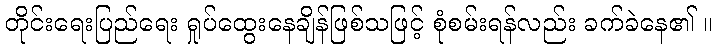
တိုင်းရေးပြည်ရေး ရှုပ်ထွေးနေချိန်ဖြစ်သဖြင့် စုံစမ်းရန်လည်း ခက်ခဲနေ၏ ။